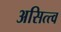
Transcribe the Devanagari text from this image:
असित्त्व